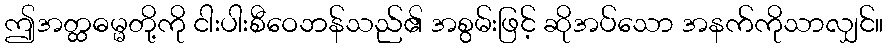
ဤအတ္ထဓမ္မတို့ကို ငါးပါးစီဝေဘန်သည်၏ အစွမ်းဖြင့် ဆိုအပ်သော အနက်ကိုသာလျှင်။